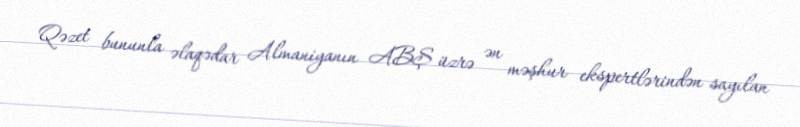
Qəzet bununla əlaqədar Almaniyanın ABŞ üzrə ən məşhur ekspertlərindən sayılan